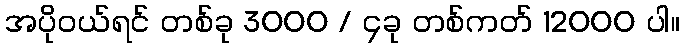
အပိုဝယ်ရင် တစ်ခု 3000 / ၄ခု တစ်ကတ် 12000 ပါ။